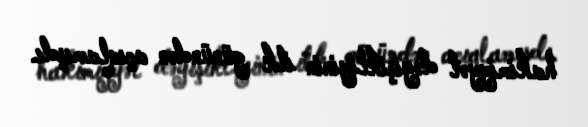
hakimiyyət dəyişikliyinin ilk günündən açıqlamışdı.